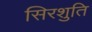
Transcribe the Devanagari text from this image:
सिरशुति